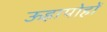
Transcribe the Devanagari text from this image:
ऊहापोहों